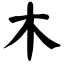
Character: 木